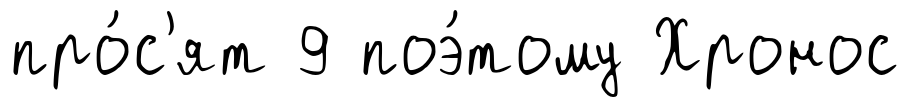
про́с'ят 9 поэ́тому Хронос